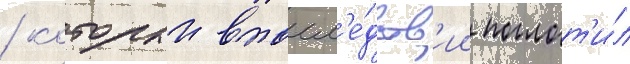
/ которыи впосл'е́дств'ии поглот'и́л